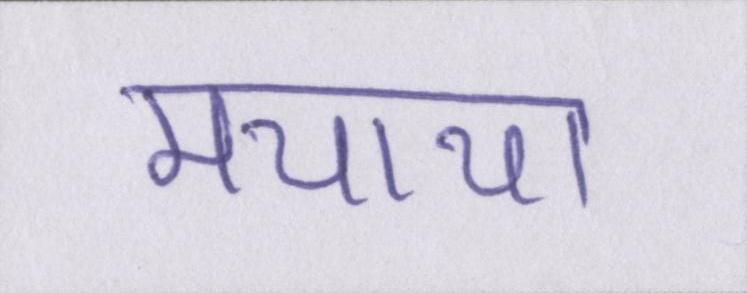
मचाया